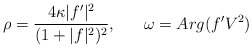
\begin{align*}\rho = { {4 \kappa | f^{\prime} |^{2} } \over { (1 + | f |^{2} )^{2} } },{}~~~~~\omega = Arg(f^{\prime}V^{2})\end{align*}